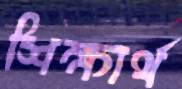
শিক্ষার্থ